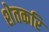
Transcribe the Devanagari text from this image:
शेतकरि